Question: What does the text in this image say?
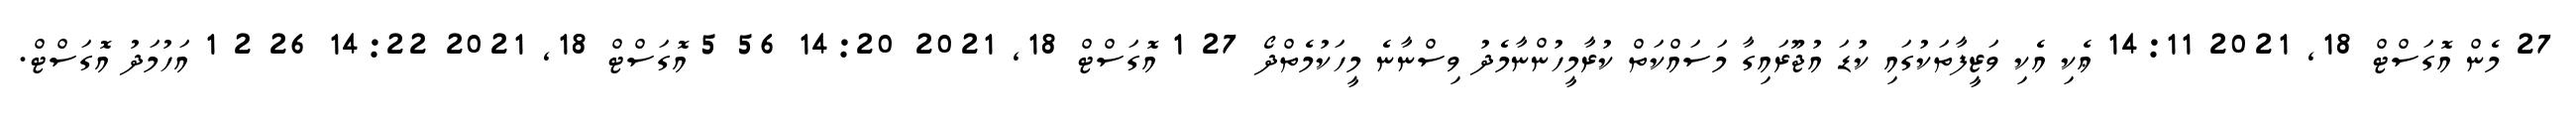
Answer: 27 މެން އޮގަސްޓް 18, 2021 14:11 ޢެކި އެކި ވަޒީފާތަކުގައި ކުޑަ އުޖޫރައިގާ މަސައްކަތް ކުރާމީހުންނާމެދު ވިސްނާނެ މީހަކުމެތްދޯ 27 1 އޮގަސްޓް 18, 2021 14:20 56 5 އޮގަސްޓް 18, 2021 14:22 26 2 1 އަހުމަދު އޮގަސްޓް.